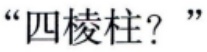
“四棱柱？”“四棱柱？”